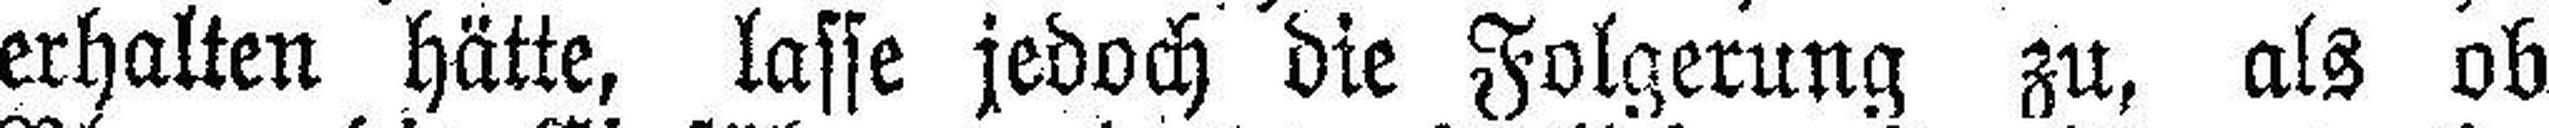
erhalten hätte, lasse jedoch die Folgerung zu, als ob